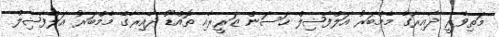
މަތިވެރީ ދާއިރާގެ މެމްބަރު އަލްފާޟިލް ހަސަން ޒަރީރާއި ތޮއްޑޫ ދާއިރާގެ މެމްބަރު އަލްފާޟިލް